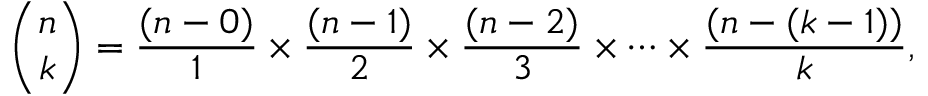
{ \binom { n } { k } } = { \frac { ( n - 0 ) } { 1 } } \times { \frac { ( n - 1 ) } { 2 } } \times { \frac { ( n - 2 ) } { 3 } } \times \cdots \times { \frac { ( n - ( k - 1 ) ) } { k } } ,